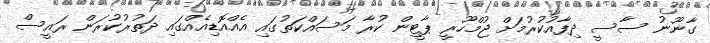
ގާނޫނު ސާސީ ދިފާއުކުރުމަށް ޖުމްހޫރީ ޕާޓީން ކުރާ މަސައްކަތުގައި އެއްއޮޑިއެއްގައި ދަތުރުކުރަން ރައީސް